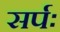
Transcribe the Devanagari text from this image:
सर्पः